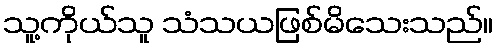
သူ့ကိုယ်သူ သံသယဖြစ်မိသေးသည်။